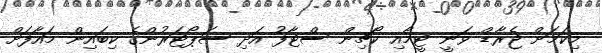
މިކަމަށް ޖެރާޑް ވަނީ ޓީމާއި ކޯޗިން ސްޓާފު އަދި ސަޕޯޓަރުންގެ ކިބައިން މައާފަށް